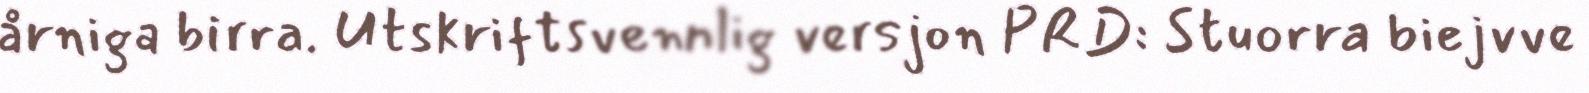
årniga birra. Utskriftsvennlig versjon PRD: Stuorra biejvve